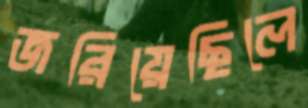
জরিয়েছিলে